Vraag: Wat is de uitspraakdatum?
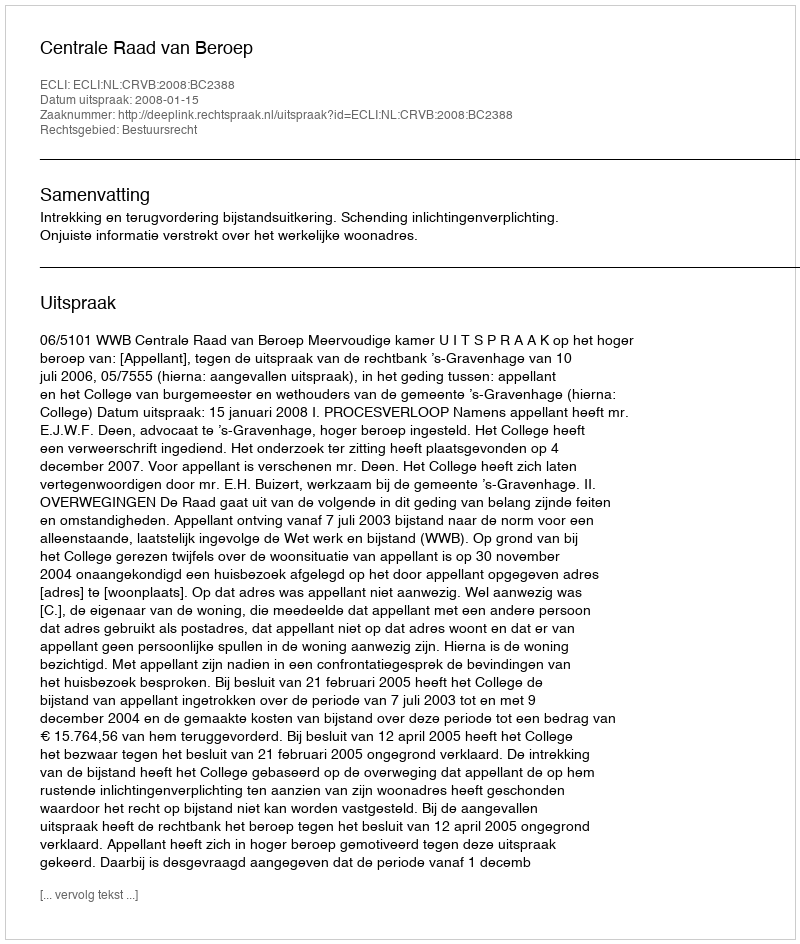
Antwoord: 2008-01-15